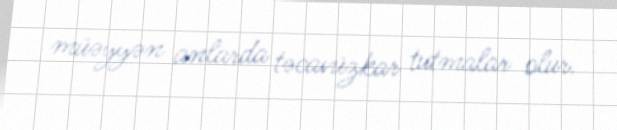
müəyyən anlarda təcavüzkar tutmalar olur.